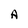
Character: A